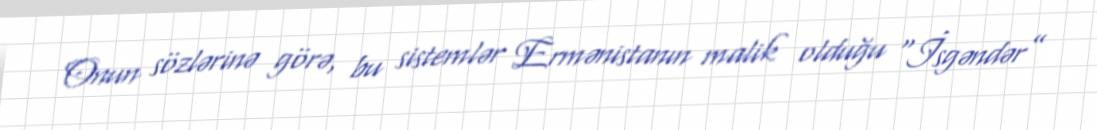
Onun sözlərinə görə, bu sistemlər Ermənistanın malik olduğu “İsgəndər”